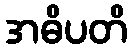
အဓိပတိ